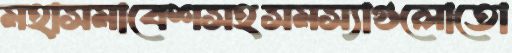
মহাসমাবেশসহসমস্যাগুলোতো